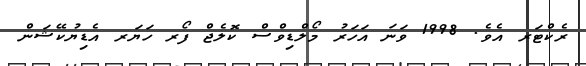
ރެކްޓަރ އެވެ. 1998 ވަނަ އަހަރު މޯލްޑިވްސް ކޮލެޖް ފޯރ ހަޔަރ އެޑިޔުކޭޝަން